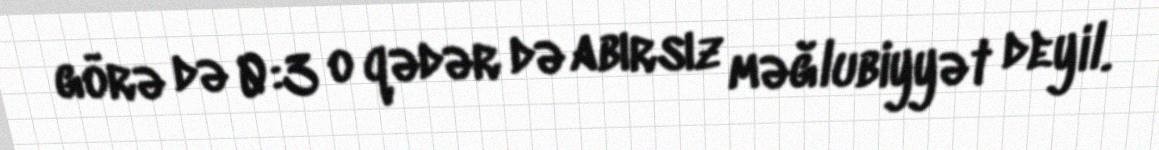
görə də 0:3 o qədər də abırsız məğlubiyyət deyil.